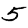
Digit: 5